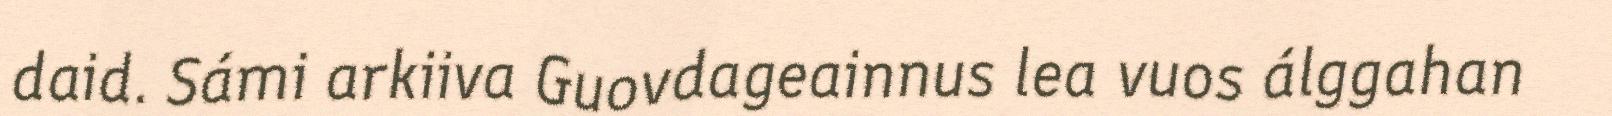
daid. Sámi arkiiva Guovdageainnus lea vuos álggahan